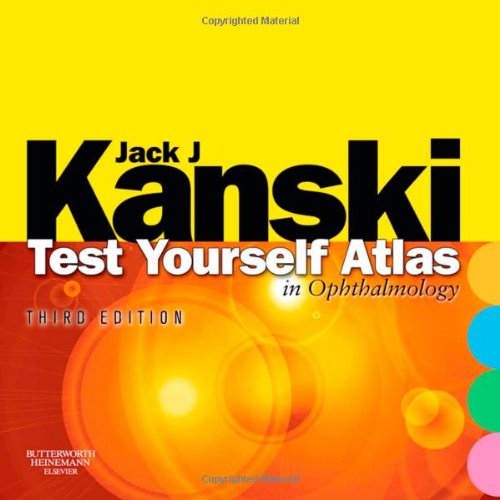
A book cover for Test Yourself Atlas in Ophthalmology, 3e; Jack J. Kanski MD  MS  FRCS  FRCOphth; Medical Books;